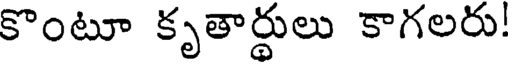
కొంటూ కృతార్థులు కాగలరు!